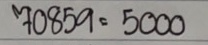
70859 = 5000